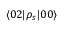
\langle 0 2 | \rho _ { s } | 0 0 \rangle